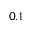
0 . 1